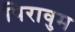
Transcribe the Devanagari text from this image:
पिरावुम